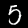
Digit: 5